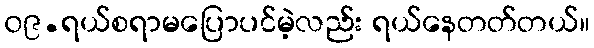
၀၉.ရယ်စရာမပြောပင်မဲ့လည်း ရယ်နေတတ်တယ်။